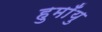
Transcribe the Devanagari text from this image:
हुमाँयु